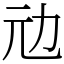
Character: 𠠺